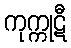
ကုက္ကုဋီ